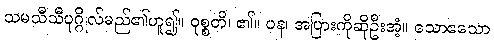
သမသီသီပုဂ္ဂိုလ်မည်၏ဟူ၍။ ဝုစ္စတိ၊ ၏။ ပန၊ အပြားကိုဆိုဦးအံ့။ သောဧသော